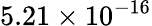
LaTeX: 5.21\times 10^{-16}